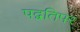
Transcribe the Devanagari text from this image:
पद्वतिपर